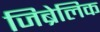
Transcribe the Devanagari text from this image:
जिब्रेलिक